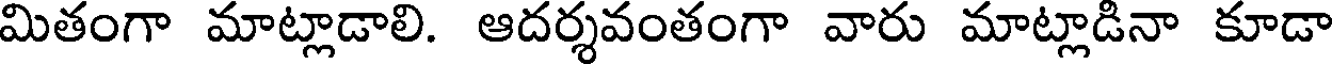
మితంగా మాట్లాడాలి. ఆదర్శవంతంగా వారు మాట్లాడినా కూడా